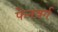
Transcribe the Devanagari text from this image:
फेनबर्ग